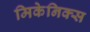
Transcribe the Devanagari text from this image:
मिकेनिक्स